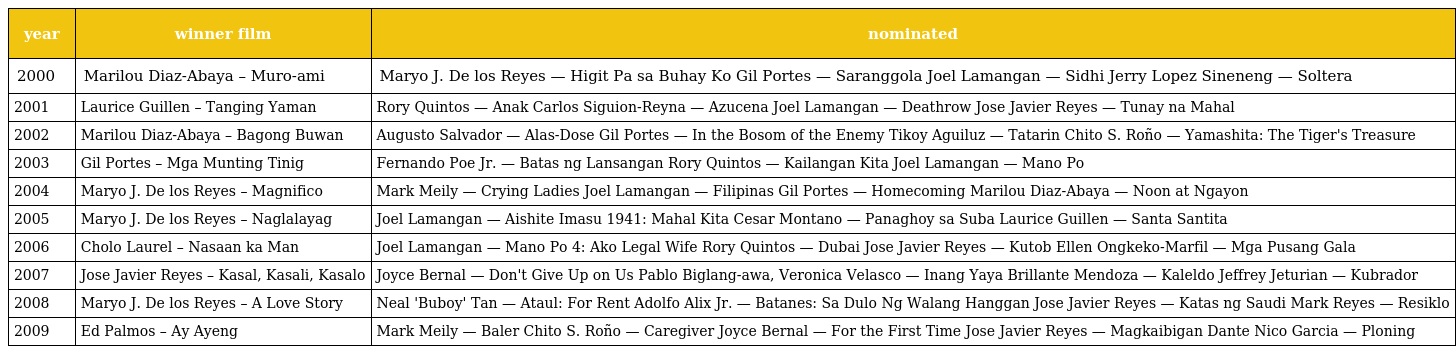
| year | winner film | nominated |
 | --- | --- | --- |
 | 2000 | Marilou Diaz-Abaya – Muro-ami | Maryo J. De los Reyes — Higit Pa sa Buhay Ko Gil Portes — Saranggola Joel Lamangan — Sidhi Jerry Lopez Sineneng — Soltera |
 | 2001 | Laurice Guillen – Tanging Yaman | Rory Quintos — Anak Carlos Siguion-Reyna — Azucena Joel Lamangan — Deathrow Jose Javier Reyes — Tunay na Mahal |
 | 2002 | Marilou Diaz-Abaya – Bagong Buwan | Augusto Salvador — Alas-Dose Gil Portes — In the Bosom of the Enemy Tikoy Aguiluz — Tatarin Chito S. Roño — Yamashita: The Tiger's Treasure |
 | 2003 | Gil Portes – Mga Munting Tinig | Fernando Poe Jr. — Batas ng Lansangan Rory Quintos — Kailangan Kita Joel Lamangan — Mano Po |
 | 2004 | Maryo J. De los Reyes – Magnifico | Mark Meily — Crying Ladies Joel Lamangan — Filipinas Gil Portes — Homecoming Marilou Diaz-Abaya — Noon at Ngayon |
 | 2005 | Maryo J. De los Reyes – Naglalayag | Joel Lamangan — Aishite Imasu 1941: Mahal Kita Cesar Montano — Panaghoy sa Suba Laurice Guillen — Santa Santita |
 | 2006 | Cholo Laurel – Nasaan ka Man | Joel Lamangan — Mano Po 4: Ako Legal Wife Rory Quintos — Dubai Jose Javier Reyes — Kutob Ellen Ongkeko-Marfil — Mga Pusang Gala |
 | 2007 | Jose Javier Reyes – Kasal, Kasali, Kasalo | Joyce Bernal — Don't Give Up on Us Pablo Biglang-awa, Veronica Velasco — Inang Yaya Brillante Mendoza — Kaleldo Jeffrey Jeturian — Kubrador |
 | 2008 | Maryo J. De los Reyes – A Love Story | Neal 'Buboy' Tan — Ataul: For Rent Adolfo Alix Jr. — Batanes: Sa Dulo Ng Walang Hanggan Jose Javier Reyes — Katas ng Saudi Mark Reyes — Resiklo |
 | 2009 | Ed Palmos – Ay Ayeng | Mark Meily — Baler Chito S. Roño — Caregiver Joyce Bernal — For the First Time Jose Javier Reyes — Magkaibigan Dante Nico Garcia — Ploning |